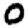
Digit: 0